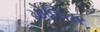
મોલિનર